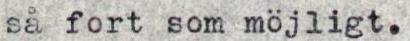
så fort som möjligt.